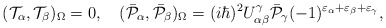
\begin{align*}({\cal T}_\alpha,{\cal T}_\beta)_\Omega=0,\quad(\bar{\cal P}_\alpha,\bar{\cal P}_\beta)_\Omega=(i\hbar)^2U^\gamma_{\alpha\beta}\bar{\cal P}_\gamma(-1)^{\varepsilon_\alpha+\varepsilon_\beta+\varepsilon_\gamma},\end{align*}